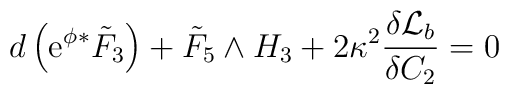
d \left({\rm e}^{\phi} {}^* {\tilde{F}}_3  \right) + {\tilde{F}}_5\wedge H_3 + 2 \kappa^2 \frac{\delta {\cal{L}}_b}{\delta C_2}=0